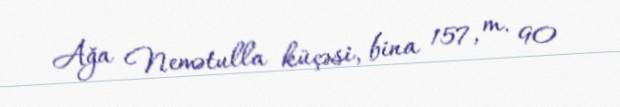
Ağa Nemətulla küçəsi, bina 157, m. 90